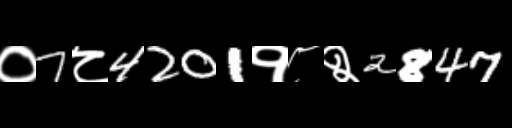
Text: ०7८4201१८२2847